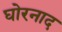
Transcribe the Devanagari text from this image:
घोरनाद